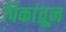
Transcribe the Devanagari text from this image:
पिकांव्रून